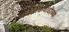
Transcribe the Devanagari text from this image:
काठीकवाडीच्या